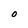
Character: O